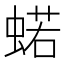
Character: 𧍗